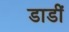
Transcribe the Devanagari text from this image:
डाडीं